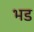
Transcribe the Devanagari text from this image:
भड